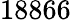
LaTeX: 18866